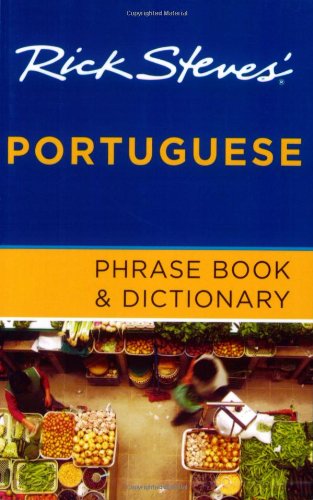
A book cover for Rick Steves' Portuguese Phrase Book and Dictionary; Rick Steves; Travel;